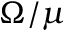
\Omega / \mu